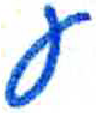
אות: ע